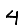
Digit: 4